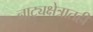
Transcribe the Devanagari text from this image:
नाट्यक्षेत्रातही